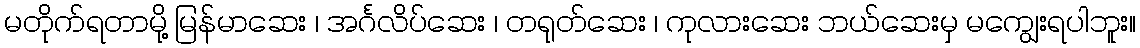
မတိုက်ရတာမို့ မြန်မာဆေး ၊ အင်္ဂလိပ်ဆေး ၊ တရုတ်ဆေး ၊ ကုလားဆေး ဘယ်ဆေးမှ မကျွေးရပါဘူး။